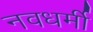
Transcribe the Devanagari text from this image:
नवधर्मी